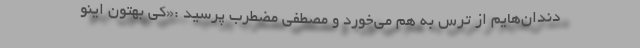
دندان‌هایم از ترس به هم می‌خورد و مصطفی مضطرب پرسید :«کی بهتون اینو